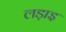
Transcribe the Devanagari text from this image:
लड़ाइ